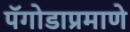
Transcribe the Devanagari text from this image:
पॅगोडाप्रमाणे